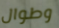
وطوال